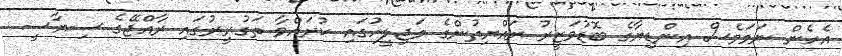
އެހެން ނަމަވެސް އިންޑިޔާގެ ބޮޑުވަޒީރު ރައްޔިތުންގެ މަޖިލީހުގައި ކުރައްވާ ތަގުރީރުގައި ރާއްޖޭގެ ސިޔާސީ